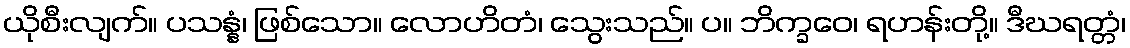
ယိုစီးလျက်။ ပသန္နံ၊ ဖြစ်သော။ လောဟိတံ၊ သွေးသည်။ ပ။ ဘိက္ခဝေ၊ ရဟန်းတို့။ ဒီဃရတ္တံ၊